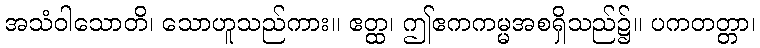
အသံဝါသောတိ၊ သောဟူသည်ကား။ ဧတ္ထ၊ ဤဧကကမ္မအစရှိသည်၌။ ပကတတ္တာ၊